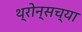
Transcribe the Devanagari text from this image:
थ्रोन्सच्या